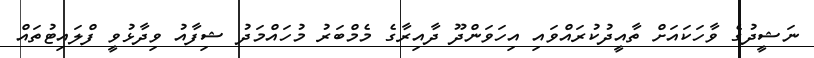
ނަޝީދުގެ ވާހަކައަށް ތާއީދުކުރައްވައި އިހަވަންދޫ ދާއިރާގެ މެމްބަރު މުހައްމަދު ޝިފާއު ވިދާޅުވީ ފްލައިޓުތައް